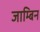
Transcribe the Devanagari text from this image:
जाम्बिन